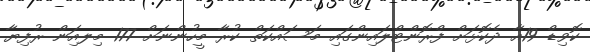
ކޮވިޑް 19އާ ދެކޮޅަށް ފްރޮންޓްލައިންގައި މަސައްކަތް ކުރާ މީހުންނަށް 177 މިލއިަން ރުފިޔާ